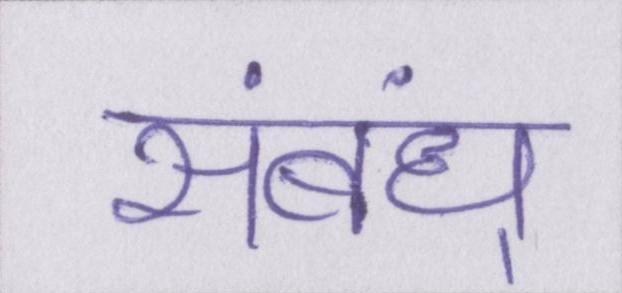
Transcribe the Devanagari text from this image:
संबंध्